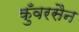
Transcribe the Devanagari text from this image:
कुँवरसैन